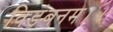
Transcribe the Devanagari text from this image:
विडंबनम।।